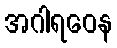
အဂါရဝေန